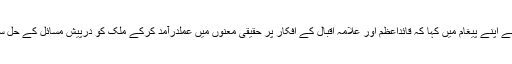
صدر ممنون حسین نے اپنے پیغام میں کہا کہ قائداعظم اور علامہ اقبال کے افکار پر حقیقی معنوں میں عملدرآمد کرکے ملک کو درپیش مسائل کے حل سے نمٹا جاسکتا ہے۔